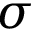
\sigma